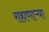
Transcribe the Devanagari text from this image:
राहाणाऱ्या